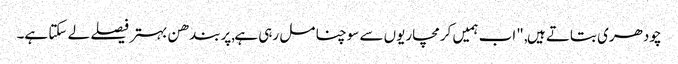
چودھری بتاتے ہیں, "اب ہمیں کرمچاریوں سے سوچنا مل رہی ہے,پربندھن بہتر فیصلے لے سکتا ہے۔